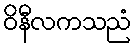
ဝိနီလကသညံ